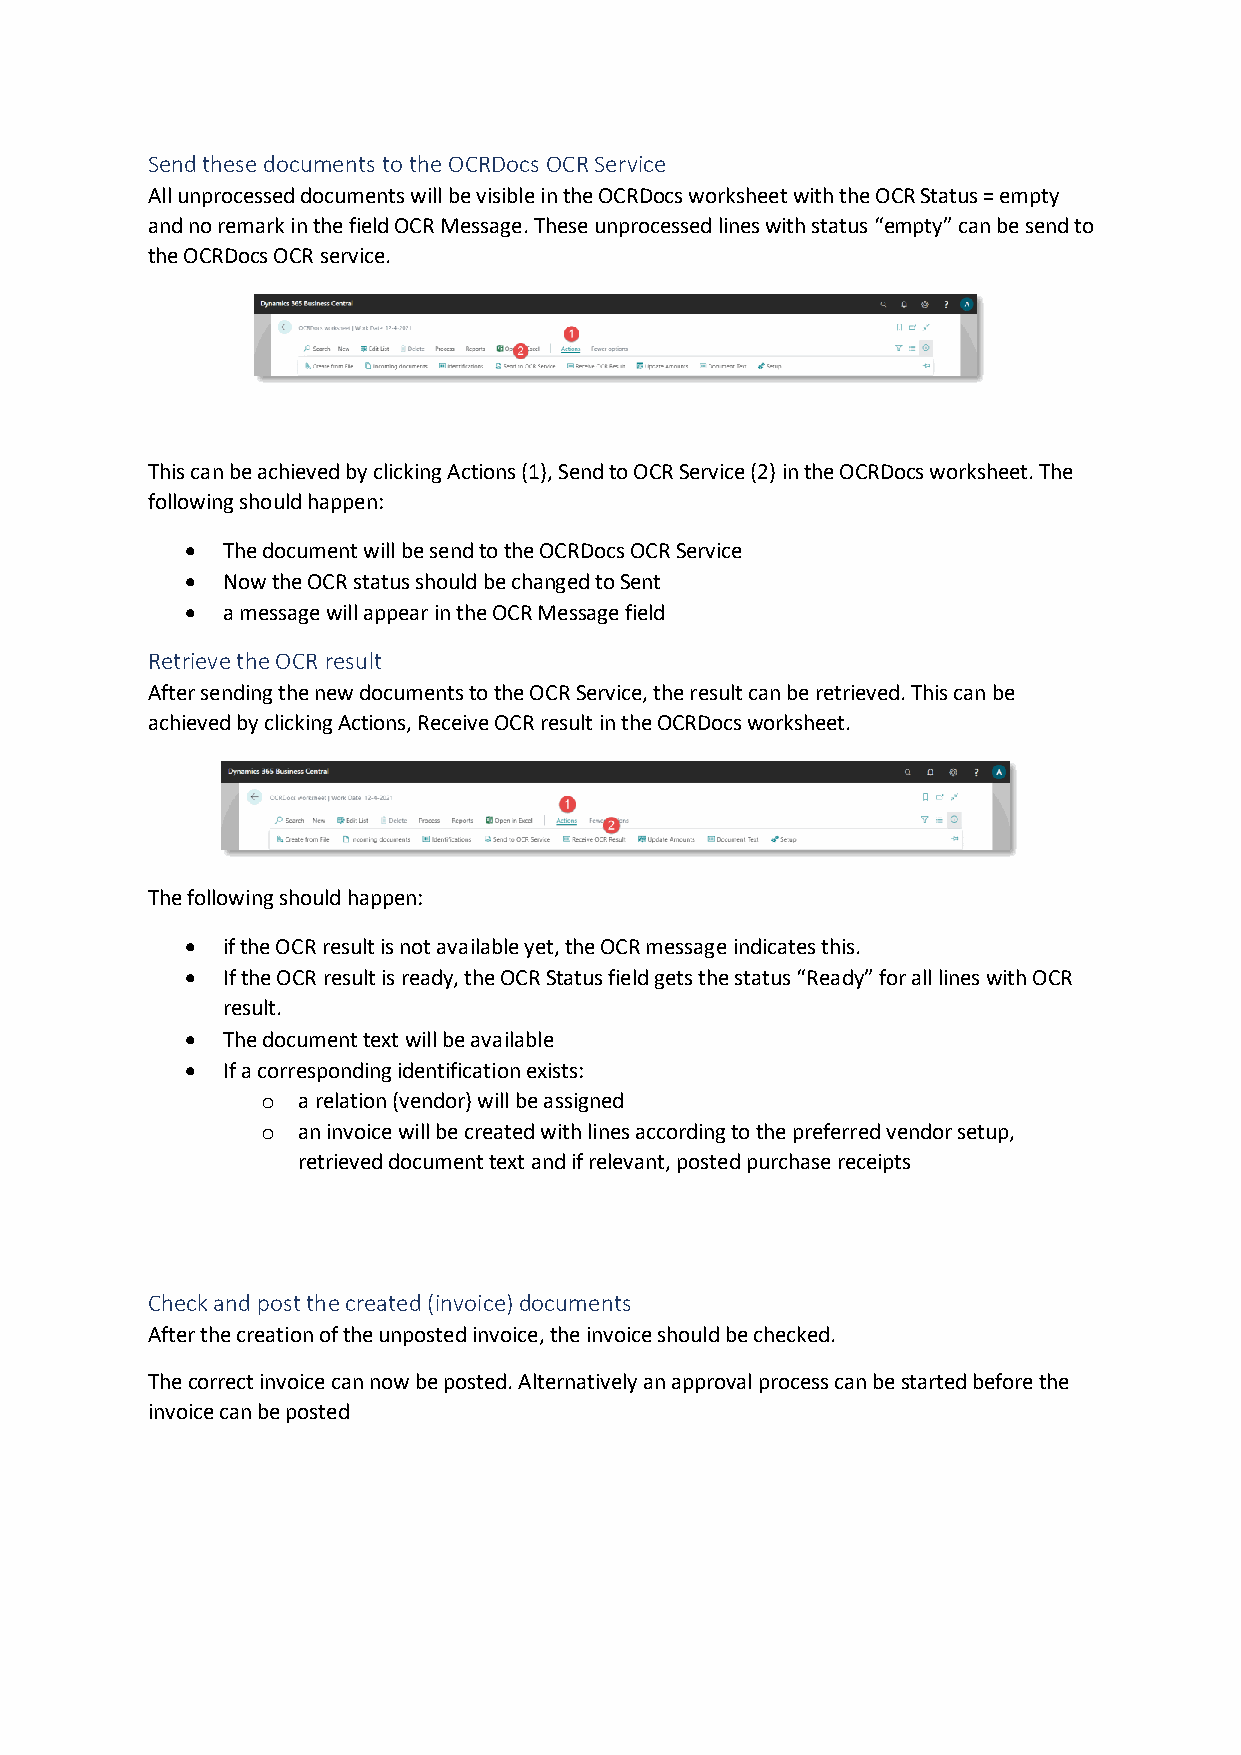
Send these documents to the OCRDocs OCR Service
 All unprocessed documents will be visible in the OCRDocs worksheet with the OCR Status = empty
 and no remark in the field OCR Message. These unprocessed lines with status “empty” can be send to
 the OCRDocs OCR service.
 This can be achieved by clicking Actions (1), Send to OCR Service (2) in the OCRDocs worksheet. The
 following should happen:
 •  The document will be send to the OCRDocs OCR Service
 •  Now the OCR status should be changed to Sent
 •  a message will appear in the OCR Message field
 Retrieve the OCR result
 After sending the new documents to the OCR Service, the result can be retrieved. This can be
 achieved by clicking Actions, Receive OCR result in the OCRDocs worksheet.
 The following should happen:
 •  if the OCR result is not available yet, the OCR message indicates this.
 •  If the OCR result is ready, the OCR Status field gets the status “Ready” for all lines with OCR
 result.
 •  The document text will be available
 •  If a corresponding identification exists:
 o  a relation (vendor) will be assigned
 o  an invoice will be created with lines according to the preferred vendor setup,
 retrieved document text and if relevant, posted purchase receipts
 Check and post the created (invoice) documents
 After the creation of the unposted invoice, the invoice should be checked.
 The correct invoice can now be posted. Alternatively an approval process can be started before the
 invoice can be posted